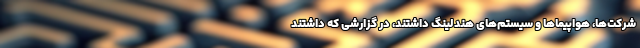
شرکت‌ها، هواپیماها و سیستم‌های هندلینگ داشتند، در گزارشی که داشتند